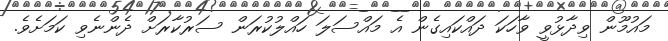
މައުމޫން ވިދާޅުވީ ވާހަކަ ދައްކައިގެން އެ މައްސަލަ ހައްލުކުރަން ސަރުކާރަށް ދެންނެވި ކަމަށެވެ.